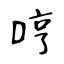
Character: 哼